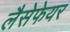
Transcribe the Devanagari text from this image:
लैसेफेयर